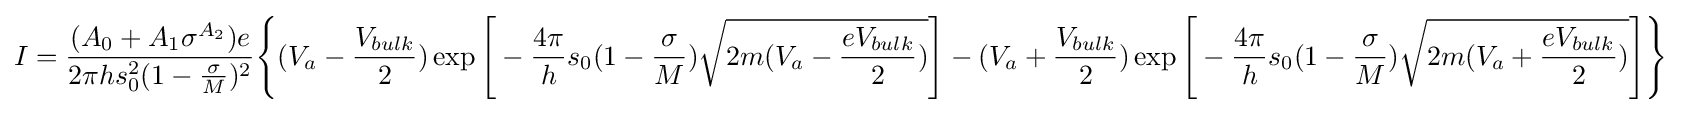
I={\frac {(A_{0}+A_{1}\sigma ^{A_{2}})e}{2{\pi }hs_{0}^{2}(1-{\frac {\sigma }{M}})^{2}}}{\Bigg \{}(V_{a}-{\frac {V_{bulk}}{2}})\exp {\Bigg [}-{\frac {4{\pi }}{h}}s_{0}(1-{\frac {\sigma }{M}}){\sqrt {2m(V_{a}-{\frac {eV_{bulk}}{2}})}}{\Bigg ]}-(V_{a}+{\frac {V_{bulk}}{2}})\exp {\Bigg [}-{\frac {4{\pi }}{h}}s_{0}(1-{\frac {\sigma }{M}}){\sqrt {2m(V_{a}+{\frac {eV_{bulk}}{2}})}}{\Bigg ]}{\Bigg \}}